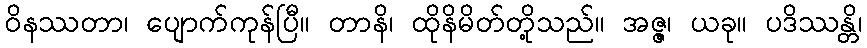
ဝိနဿတာ၊ ပျောက်ကုန်ပြီ။ တာနိ၊ ထိုနိမိတ်တို့သည်။ အဇ္ဇ၊ ယခု။ ပဒိဿန္တိ၊